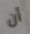
أن